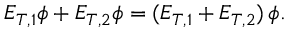
E _ { T , 1 } \phi + E _ { T , 2 } \phi = ( E _ { T , 1 } + E _ { T , 2 } ) \, \phi .